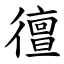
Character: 㣶